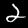
Digit: 2